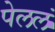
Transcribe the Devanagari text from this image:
पेललं